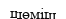
шөміш